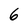
Character: 6